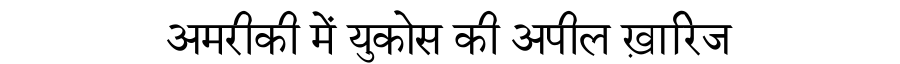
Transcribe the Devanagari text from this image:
अमरीकी में युकोस की अपील ख़ारिज